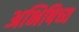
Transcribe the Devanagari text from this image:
अभिषिच्य